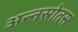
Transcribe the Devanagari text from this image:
अन्नस्रोतस